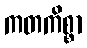
ကတကိစ္စာ